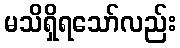
မသိရှိရသော်လည်း